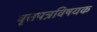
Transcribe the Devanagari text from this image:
वृत्तपत्रविषयक